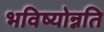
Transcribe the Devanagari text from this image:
भविष्योन्नति